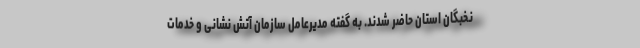
نخبگان استان حاضر شدند. به گفته مدیرعامل سازمان آتش نشانی و خدمات